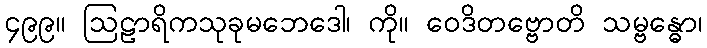
၄၉၉။ ဩဠာရိကသုခုမဘေဒေါ၊ ကို။ ဝေဒိတဗ္ဗောတိ သမ္ဗန္ဓော၊